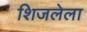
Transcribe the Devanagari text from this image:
शिजलेला